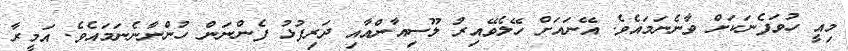
މިއީ ހުވަފެނަކަށް ވާނެނަމައެވެ. އޭނައަށް ހޭލެވޭއިރު ލޫސިއާންއާއި ދަރިފުޅު ފެންނަން ހުންނާނެނަމައެވެ. އަމީރާ